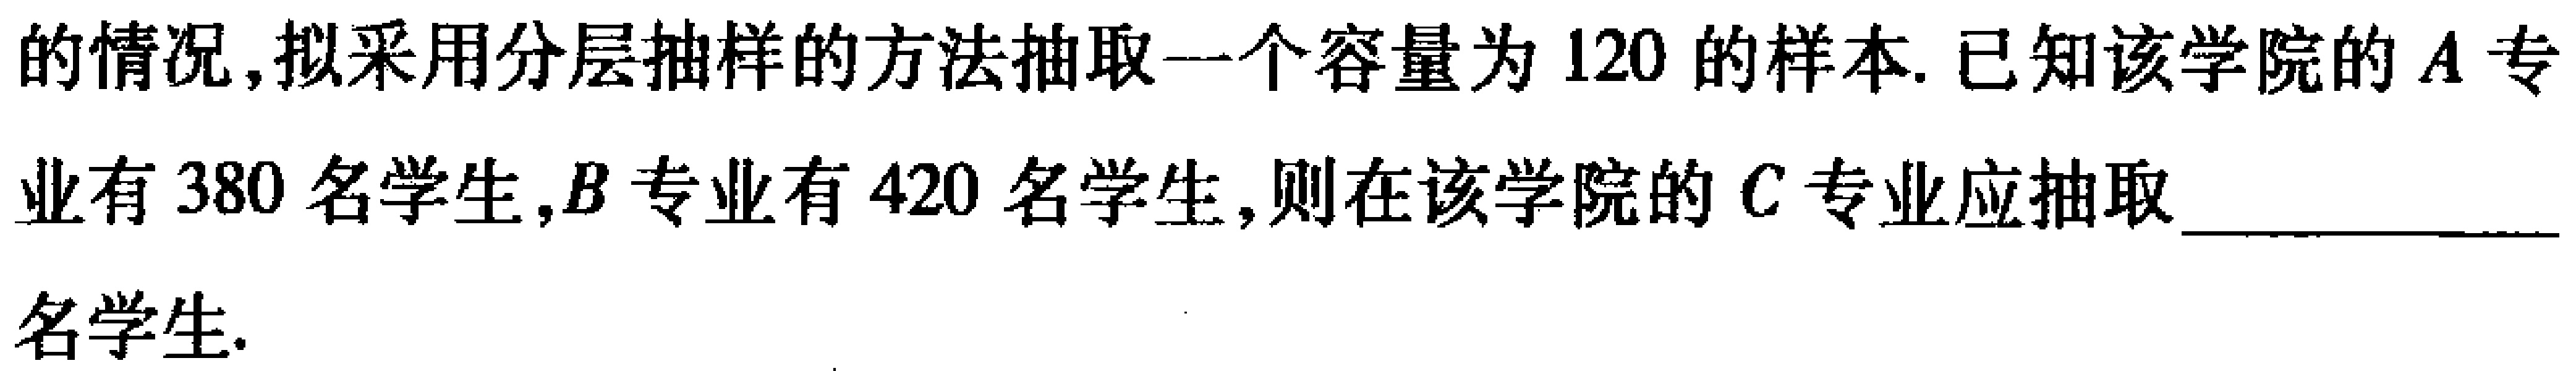
的情况,拟采用分层抽样的方法抽取一个容量为 \(120\) 的样本. 已知该学院的 \(A\) 专

业有 \(380\) 名学生,\(B\) 专业有 \(420\) 名学生,则在该学院的 \(C\) 专业应抽取 \_\_\_\_\_\_\_\_\_\_\_\_\_\_

名学生.